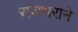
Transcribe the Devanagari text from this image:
राजधराने